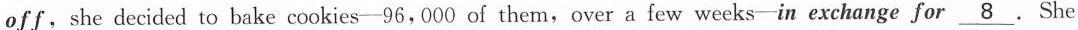
off, she decided to bake cookies-96,000 of them,over a few weeks-in exchange for \underline{8}. She